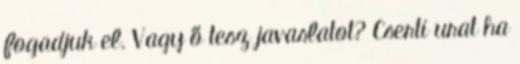
fogadjuk el. Vagy ő tesz javaslatot? Cserti urat ha